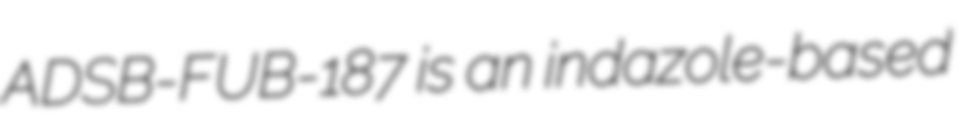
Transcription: ADSB-FUB-187 is an indazole-based